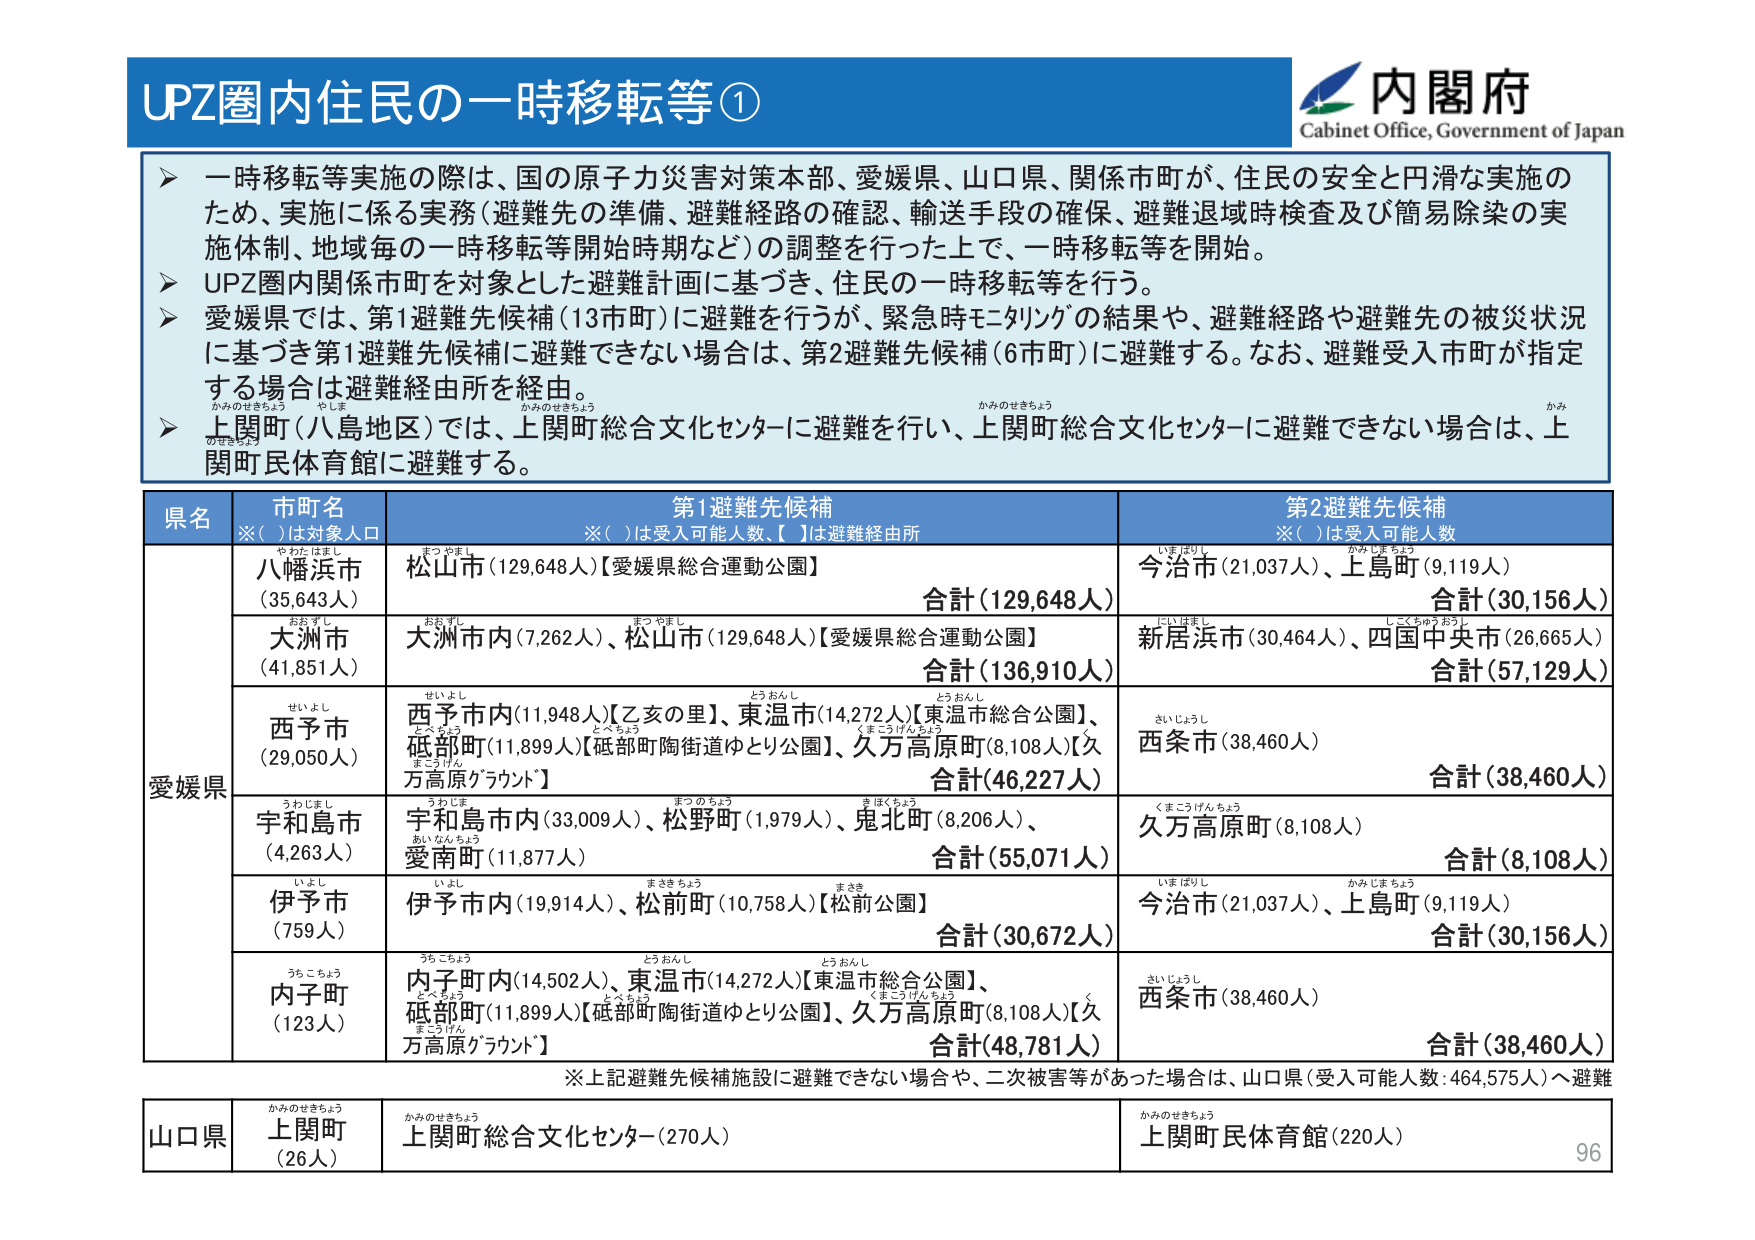
UPZ圏内住民の一時移転等①

内閣府
Cabinet Office, Government of Japan

一時移転等実施の際は、国の原子力災害対策本部、愛媛県、山口県、関係市町が、住民の安全と円滑な実施のため、実施に係る実務（避難先の準備、避難経路の確認、輸送手段の確保、避難退域時検査及び簡易除染の実施体制、地域毎の一時移転等開始時期など）の調整を行った上で、一時移転等を開始。

UPZ圏内関係市町を対象とした避難計画に基づき、住民の一時移転等を行う。

愛媛県では、第1避難先候補（13市町）に避難を行うが、緊急時モニタリングの結果や、避難経路や避難先の被災状況に基づき第1避難先候補に避難できない場合は、第2避難先候補（6市町）に避難する。なお、避難受入市町が指定する場合は避難経由所を経由。

上関町（八島地区）では、上関町総合文化センターに避難を行い、上関町総合文化センターに避難できない場合は、上関町民体育館に避難する。

県名　市町名　第1避難先候補　第2避難先候補
※（　）は対象人口　※（　）は受入可能人数、【　】は避難経由所　※（　）は受入可能人数

愛媛県
八幡浜市（35,643人）　松山市（129,648人）【愛媛県総合運動公園】　今治市（21,037人）、上島町（9,119人）　合計（129,648人）　合計（30,156人）
大洲市（41,851人）　大洲市内（7,262人）、松山市（129,648人）【愛媛県総合運動公園】　新居浜市（30,464人）、四国中央市（26,665人）　合計（136,910人）　合計（57,129人）
西予市（29,050人）　西予市内（11,948人）【乙亥の里】、東温市（14,272人）【東温市総合公園】、砥部町（11,899人）【砥部町陶街道ゆとり公園】、久万高原町（8,108人）【久万高原グランド】　西条市（38,460人）　合計（46,227人）　合計（38,460人）
宇和島市（4,263人）　宇和島市内（33,009人）、松野町（1,979人）、鬼北町（8,206人）、愛南町（11,877人）　久万高原町（8,108人）　合計（55,071人）　合計（8,108人）
伊予市（759人）　伊予市内（19,914人）、松前町（10,758人）【松前公園】　今治市（21,037人）、上島町（9,119人）　合計（30,672人）　合計（30,156人）
内子町（123人）　内子町内（14,502人）、東温市（14,272人）【東温市総合公園】、砥部町（11,899人）【砥部町陶街道ゆとり公園】、久万高原町（8,108人）【久万高原グランド】　西条市（38,460人）　合計（48,781人）　合計（38,460人）

※上記避難先候補施設に避難できない場合や、二次被害等があった場合は、山口県（受入可能人数：464,575人）へ避難

山口県
上関町（26人）　上関町総合文化センター（270人）　上関町民体育館（220人）

96